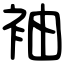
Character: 袖